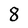
Character: 8